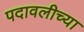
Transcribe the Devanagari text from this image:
पदावलीच्या